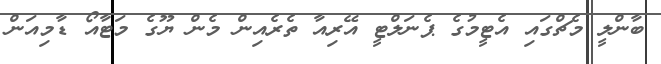
ބާންލީ މެޗްގައި އެޓީމުގެ ޕެނަލްޓީ އޭރިއާ ތެރެއިން މެން ޔޫގެ މަޓާއޯ ޑާމިއަން